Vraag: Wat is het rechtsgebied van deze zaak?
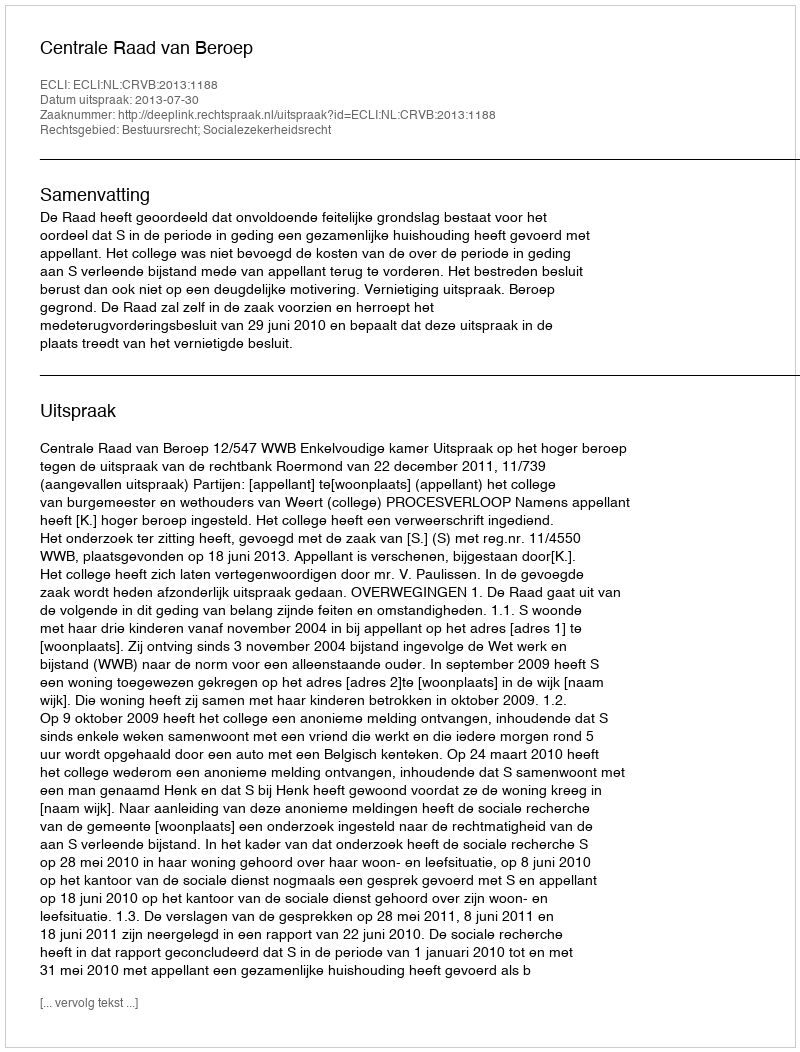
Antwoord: Bestuursrecht; Socialezekerheidsrecht